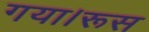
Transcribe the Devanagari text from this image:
गया।रूस